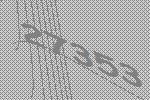
27353